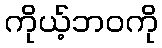
ကိုယ့်ဘဝကို